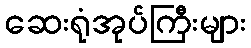
ဆေးရုံအုပ်ကြီးများ